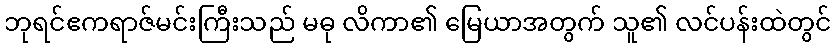
ဘုရင်ဧကရာဇ်မင်းကြီးသည် မဓု လိကာ၏ မြေယာအတွက် သူ၏ လင်ပန်းထဲတွင်